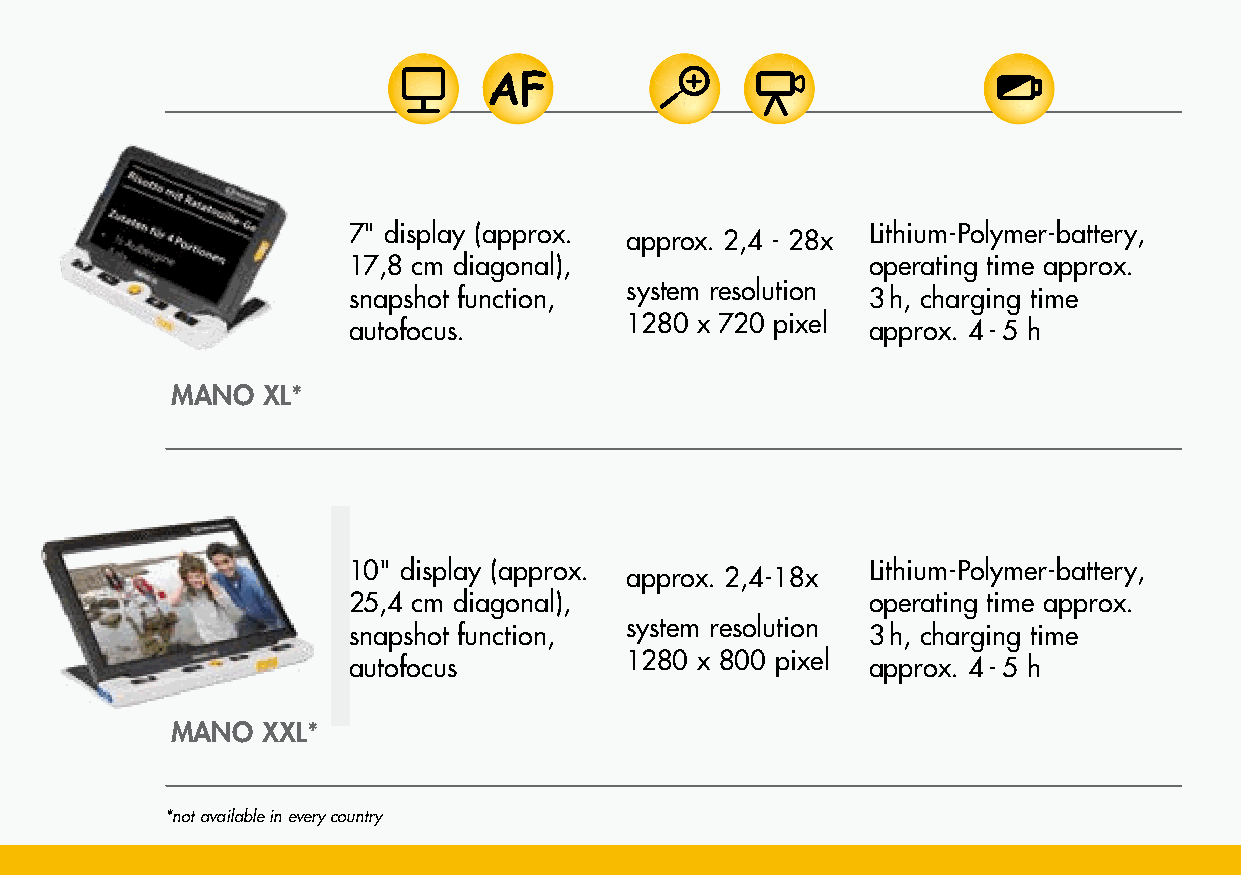
scope of supply:
 weight
 7" display (approx.               Lithium-Polymer-battery,
 approx. 2,4 - 28x
 carrying bag, power      true colors,
 approx. 480 g
 17,8 cm diagonal),                operating time approx.
 supply with country      18 semi-colors,
 system resolution
 snapshot function,                3 h, charging time
 W x H x D approx.
 specific cord, HDMI cable, preferred color selection
 1280 x 720 pixel
 autofocus.                        approx. 4 - 5 h
 18,8 x 13,8 x 2,1 cm
 user manual
 MANO  XL*
 scope of supply:
 weight
 10" display (approx.              Lithium-Polymer-battery,      reading and writing stand,
 approx. 2,4-18x
 true colors,
 approx. 680 g
 25,4 cm diagonal),                operating time approx.        carrying bag, power
 18 semi-colors,
 system resolution
 snapshot function,                3 h, charging time            supply with country
 W x H x D approx.
 preferred color selection
 1280 x 800 pixel
 autofocus                         approx. 4 - 5 h               specific cord, HDMI cable,
 24,5 x 20 x 2,2 cm
 user manual
 MANO  XXL*
 *not available in every country